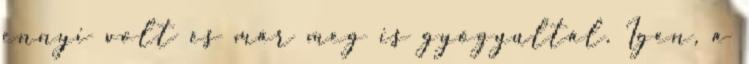
ennyi volt és már meg is gyógyultál. Igen, a